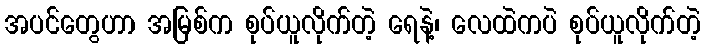
အပင်တွေဟာ အမြစ်က စုပ်ယူလိုက်တဲ့ ရေနဲ့၊ လေထဲကပဲ စုပ်ယူလိုက်တဲ့